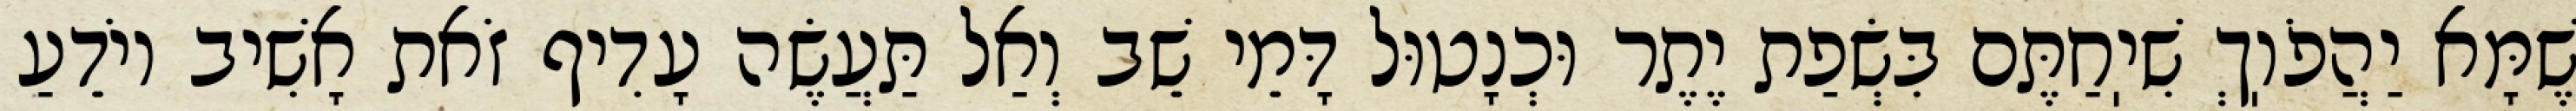
שֶׁמָּא יַהֲפֹוֽךְ שִׁיֽחַתֶּם בִּשְׂפַת יֶתֶר וּכְנָטוּל דָּמֵי שֵׁב וְאַל תַּעֲשֶׂה עָדִיף זֹאת אָשִׁיב יוֹדֵעַ